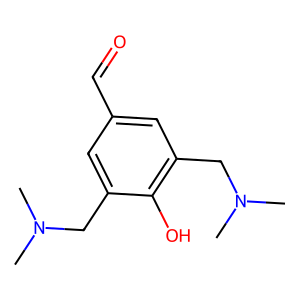
SMILES: CN(C)Cc1cc(C=O)cc(CN(C)C)c1O
Inhibits HIV replication: No